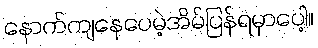
နောက်ကျနေပေမဲ့အိမ်ပြန်ရမှာပေါ့။